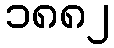
၁၈၈၂